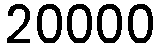
20000